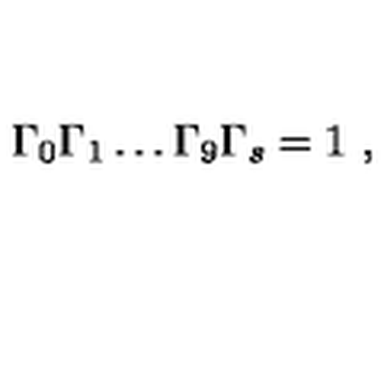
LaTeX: \Gamma _ { 0 } \Gamma _ { 1 } \dots \Gamma _ { 9 } \Gamma _ { s } = 1 \ ,